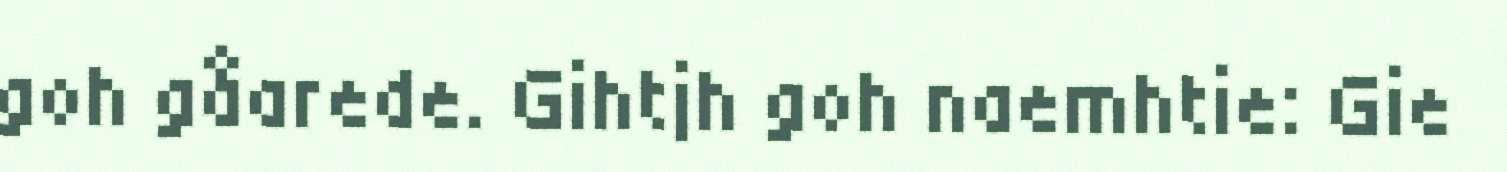
goh gåarede. Gihtjh goh naemhtie: Gie